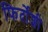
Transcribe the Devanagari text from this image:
फिर्दोशी